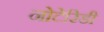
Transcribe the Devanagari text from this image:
नोटेरिडी